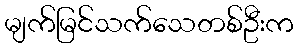
မျက်မြင်သက်သေတစ်ဦးက